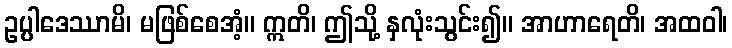
ဥပ္ပါဒေဿာမိ၊ မဖြစ်စေအံ့။ ဣတိ၊ ဤသို့ နှလုံးသွင်း၍။ အာဟာရေတိ၊ အထဝါ၊